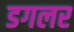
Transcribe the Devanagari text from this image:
डगलर